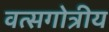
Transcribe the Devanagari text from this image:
वत्सगोत्रीय